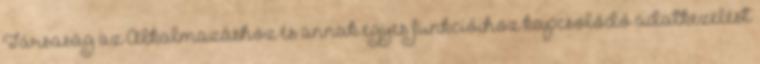
Társaság az Alkalmazáshoz és annak egyes funkcióihoz kapcsolódó adatkezelést